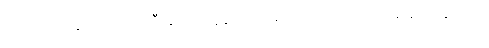
ကဲလော့ကဆိုယင် ဝန်ကြီးချုပ် ဗလွန်းကို အရှင်လတ်လတ် အရေဆုတ်ချင်တာ